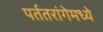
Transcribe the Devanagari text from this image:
पर्ततरांगेमध्ये